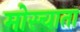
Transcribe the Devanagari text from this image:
मोस्चाता